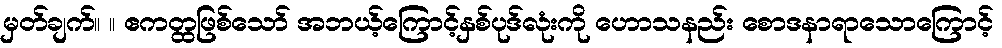
မှတ်ချက်။ ။ ဧကတ္ထဖြစ်သော် အဘယ့်ကြောင့်နှစ်ပုဒ်လုံးကို ဟောသနည်း စောဒနာရာသောကြောင့်